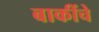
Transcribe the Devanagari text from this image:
बाकींचे